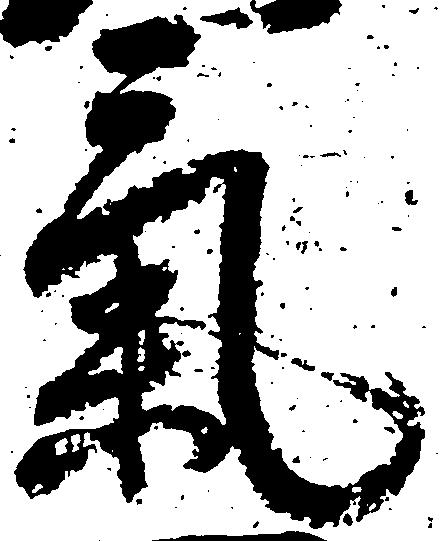
気